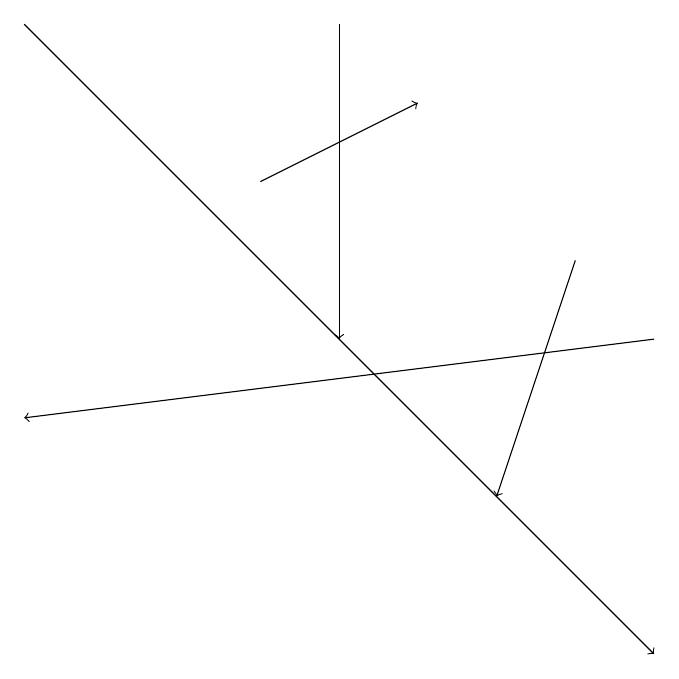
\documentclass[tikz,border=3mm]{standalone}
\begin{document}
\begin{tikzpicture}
\draw[->] (8,15) -- (0,14);
\draw[->] (0,19) -- (8,11);
\draw[->] (7,16) -- (6,13);
\draw[->] (3,17) -- (5,18);
\draw[->] (4,19) -- (4,15);
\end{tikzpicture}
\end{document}